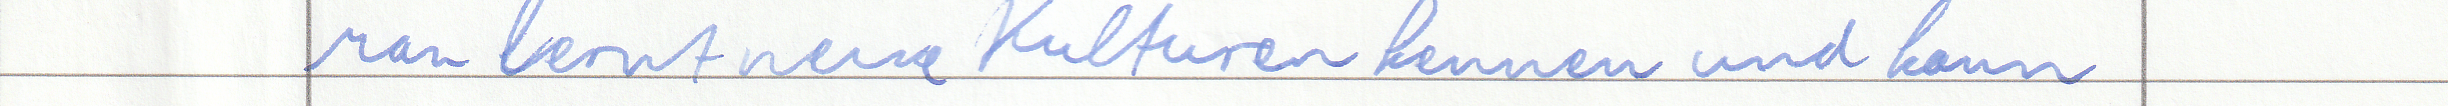
Man lernt neue Kulturen kennen und kann